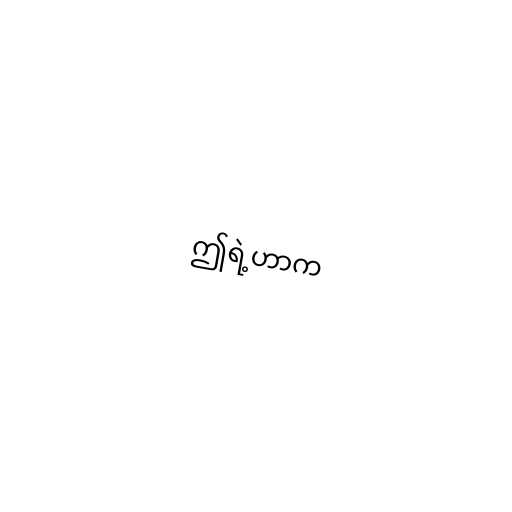
ဤရဲ့ဟာက